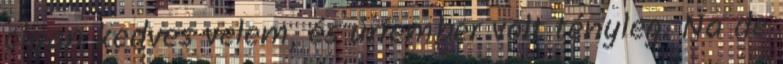
olyan kedves velem, és úriember volt tényleg. Na de